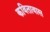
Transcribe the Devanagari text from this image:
कवितावास